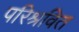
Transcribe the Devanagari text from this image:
परिश्रवित